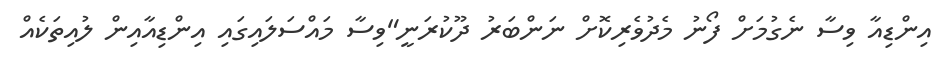
އިންޑިއާ ވިސާ ނެގުމަށް ފޯނު މެދުވެރިކޮށް ނަންބަރު ދޫކުރަނީ"ވިސާ މައްސަލައިގައި އިންޑިއާއިން ލުއިތަކެއް